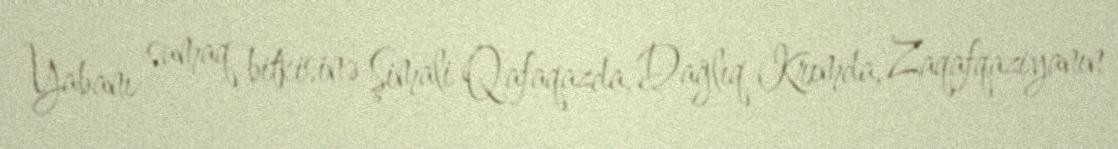
Yabanı sumaq bitkisinə Şimali Qafaqazda, Dağlıq Krımda, Zaqafqaziyanın